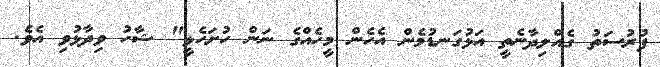
ފުރުސަތު ގެއްލިދާނެތީ އަޅުގަނޑުމެން އެހެން މީހެއްގެ ނަން ހުށަހެޅީ" ޝާހު ވިދާޅުވި އެވެ.